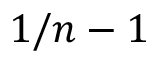
1 / n - 1